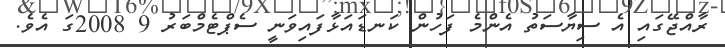
ރާއްޖޭގައި އެ ސިޔާސަތު އެންމެ ފަހުން ކަނޑައަޅާފައިވަނީ ސެޕްޓެމްބަރު 9 2008ގަ އެވެ.